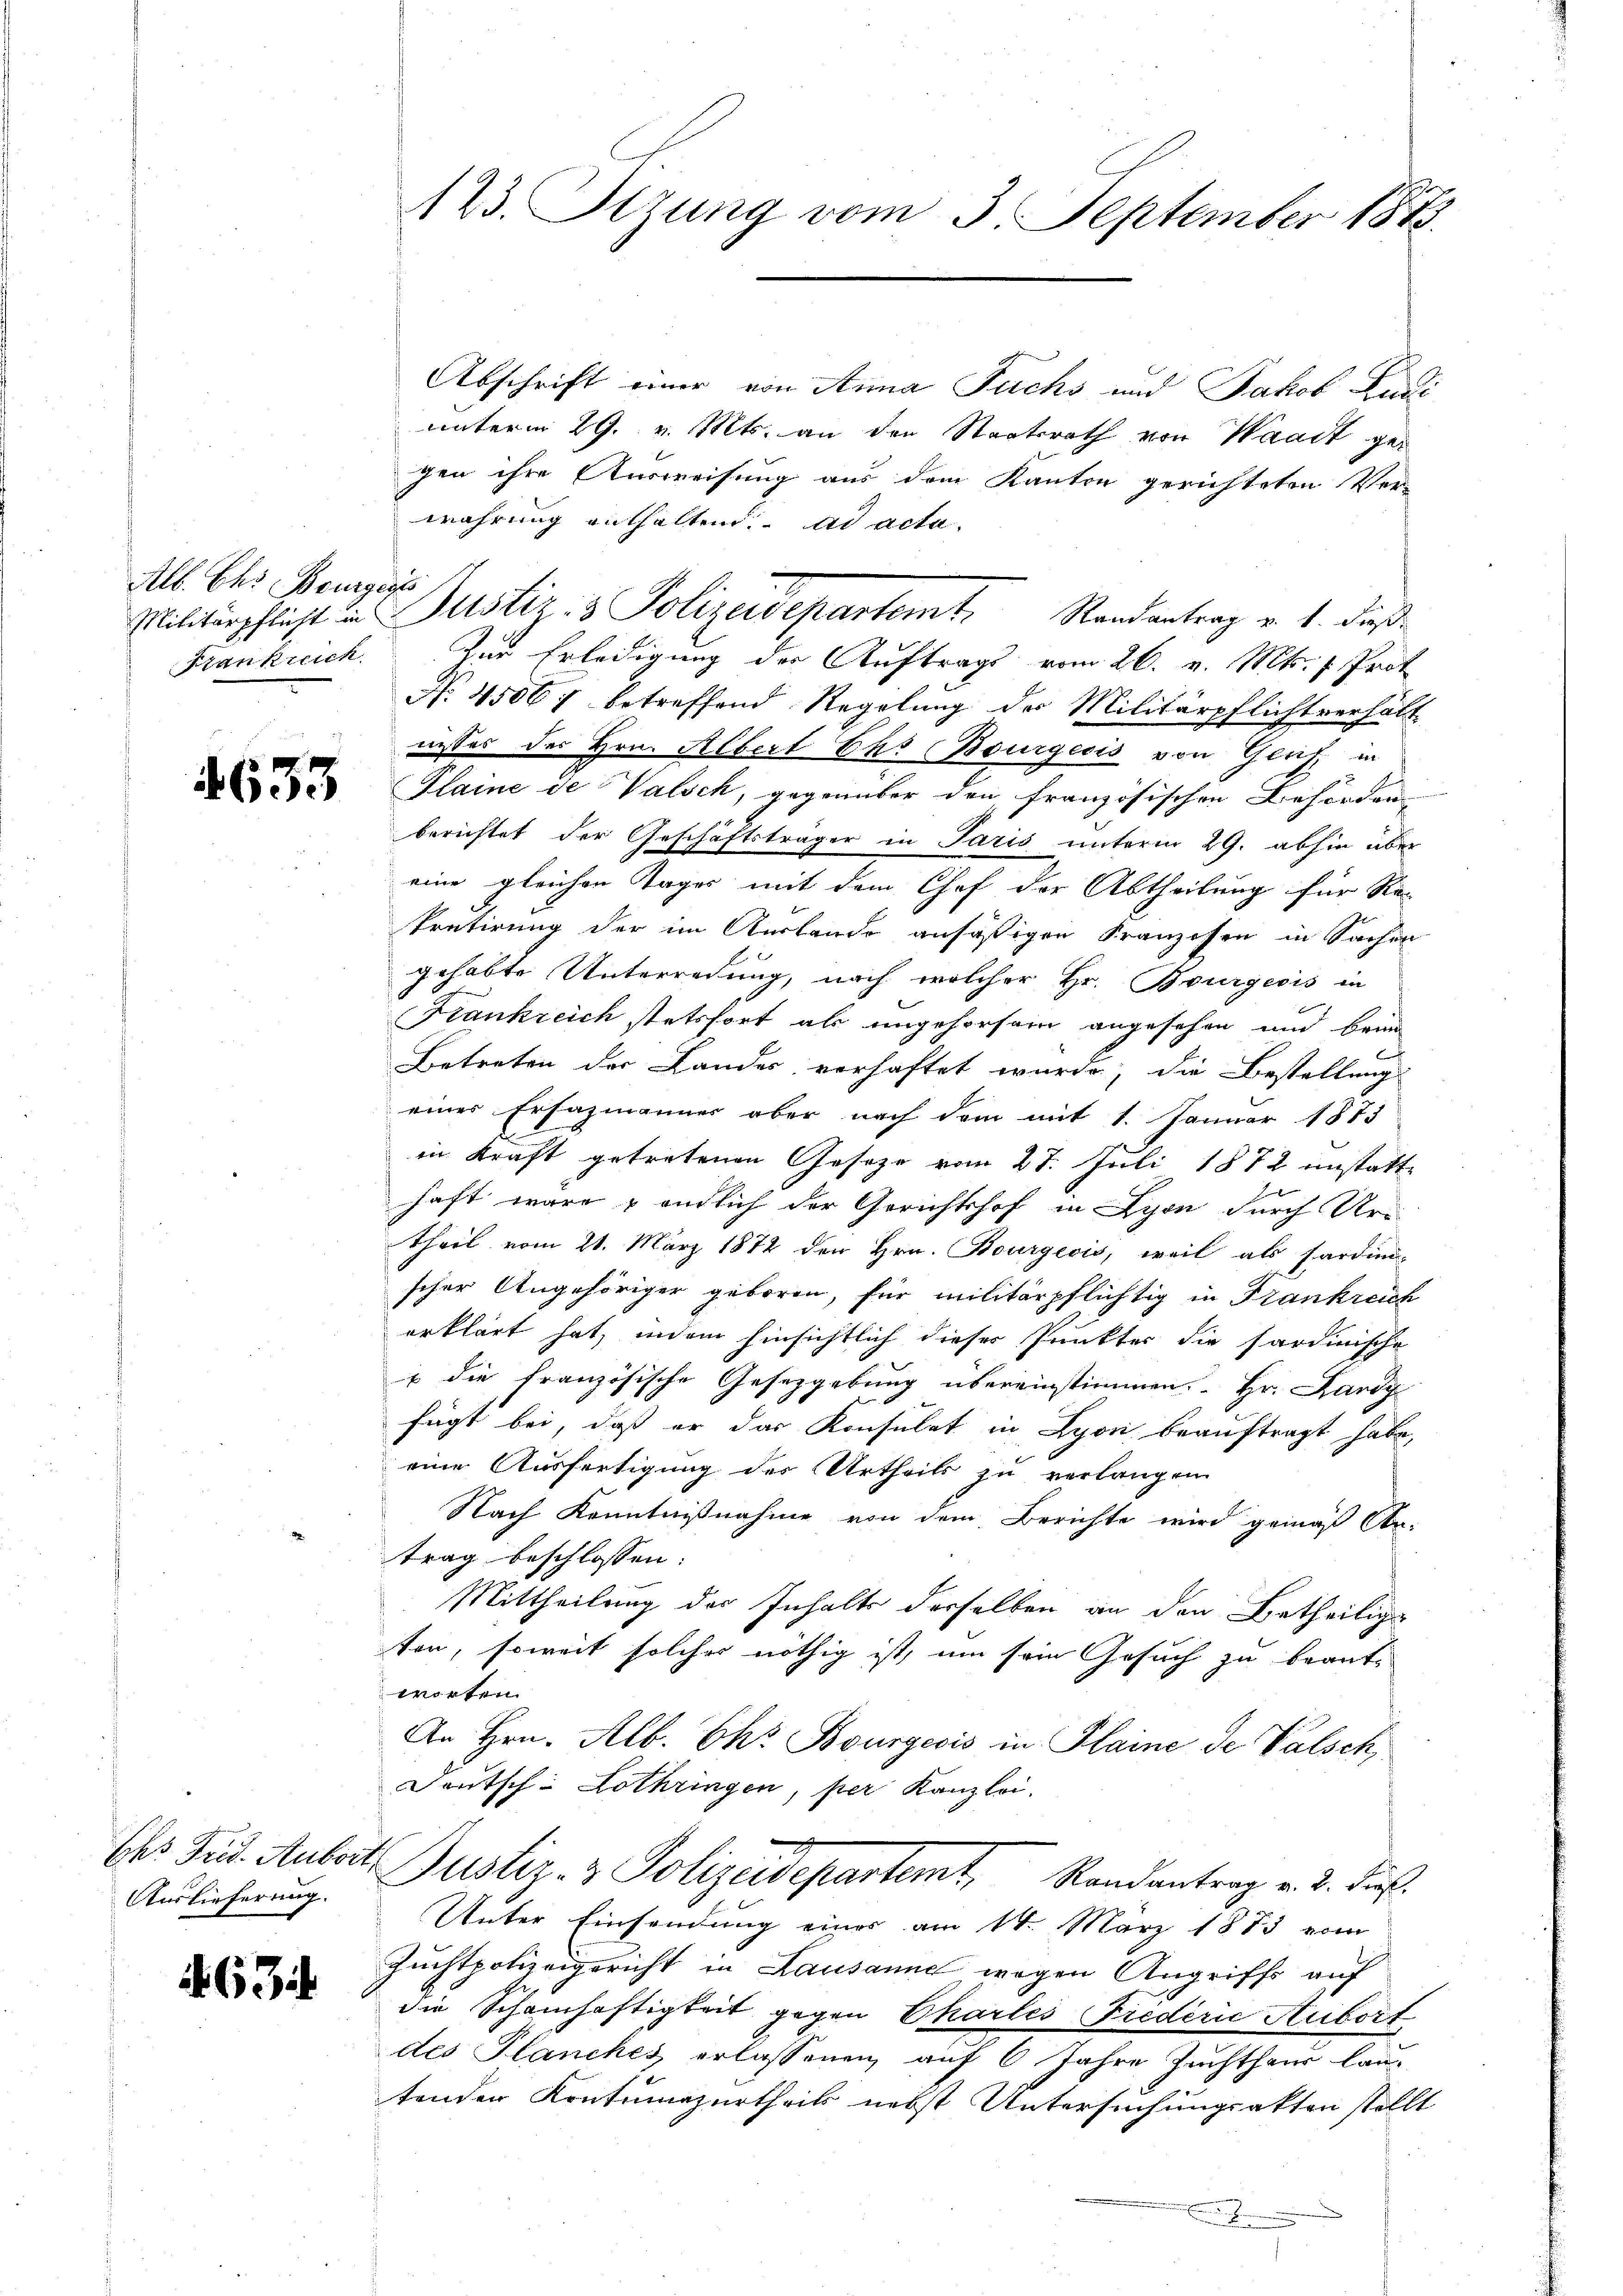
Alb. Ehr Bourgess
Frankreich

4633

Auslieferung.

6 Zif

123. Sitzung vom 3. September 1818.

Abschrift einer von Anna Fuchs und Jakob Ludi
unterm 29. v. Mts. an den Staatsrath von Waadt gegen ihre Ausweisung aus dem Kanton gerichteten Ver-
wahrung enthaltend. ad acta.
Zur Erledigung der Auftrags vom 26. v. Mts. v. Prot
No. 45067 betreffend Regelung der Militärpflichtverhält
nisses des Hrn. Albert Ehr Bourgesis von Genf in
Plaine de Valsch, gegenüber den französischen Behörden
berichtet der Geschäftsträger in Paris unterm 29. abhin über
eine gleichen Tages mit dem Chef der Abtheilung für Re-
Pretirung der im Auslande ansäßigen Kranzosen in Sachen
gehabte Unterredung, nach welcher Hr. Bourgeois in
Frankreich stetsfort als ungehorsam angesehen und bring
Betreten der Landes verhaftet wurde, die Bestellung
einer Erfazmänner aber nach dem mit 1. Januar 1873
in Kraft getretenen Gesetze vom 27. Juli 1872 instatte
haft wäre & endlich der Gerichtshof in Lyon durch Ur-
Theil vom 21. März 1872 den Hrn. Bourgeois, weil als Fardini-
scher Angehöriger geboren, für militärpflichtig in Frankreich
erklärt hat, indem hinsichtlich dieser Punkter die Sardinische
7 die französische Gesetzgebung übereinstimmen. Hr. Lardy
fügt bei, daß er das Konsulat in Lyon beauftragt habe,
eine Ausfertigung des Urtheils zu verlangen
Nach Kenntnißnahme von dem Berichte wird gemäß Antrag beschlossen:
Mittheilung der Inhalts derselben an den Betheilige
ten, soweit solcher nöthig ist, um sein Gesuch zu beantworten.
An Hrn. Alb. Chr. Bourgeois in Plaine de Valsch
Deutsch: Lothringen, per Kanzlei.
Ch. Frd. Aubart Justiz- & Polizeidepartemt, Randantrag v. 2. Fr.
Unter Einsendung eines am 14. März 1873 vom
Zuchtpolizeigericht in Lausanne wegen Angriffs auf
die Schamhaftigkeit gegen Chartes Friderić Aubört
des Planches erlassenen auf 6 Jahre Zuchthaus lau-
tenden Kontumazurtheils nebst Untersuchungsakten stellt

Militärpflicht in Justiz- & Polizeidepartemt. Randantrag v. 1. dieß

2